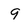
Character: 9